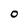
Character: 0